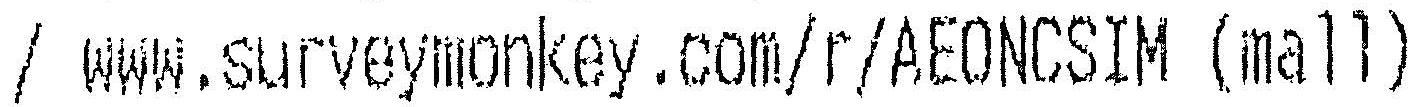
/ WWW.SURVEYMONKEY.COM/R/AEONCSIM (MALL)